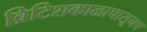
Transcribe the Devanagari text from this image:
ब्रिटिशकाळापासूनच